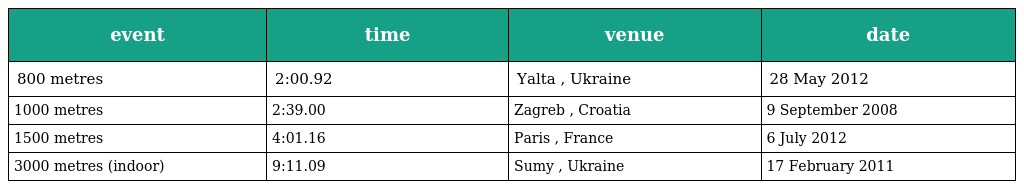
| event | time | venue | date |
 | --- | --- | --- | --- |
 | 800 metres | 2:00.92 | Yalta , Ukraine | 28 May 2012 |
 | 1000 metres | 2:39.00 | Zagreb , Croatia | 9 September 2008 |
 | 1500 metres | 4:01.16 | Paris , France | 6 July 2012 |
 | 3000 metres (indoor) | 9:11.09 | Sumy , Ukraine | 17 February 2011 |